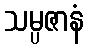
သမ္ပဇာနံ